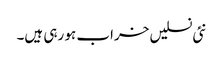
نئی نسلیں خراب ہو رہی ہیں۔